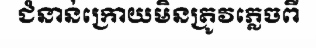
ជំនាន់ក្រោយមិនត្រូវភ្លេចពី